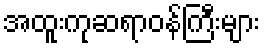
အထူးကုဆရာဝန်ကြီးများ